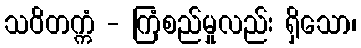
သဝိတက္ကံ - ကြံစည်မှုလည်း ရှိသော၊